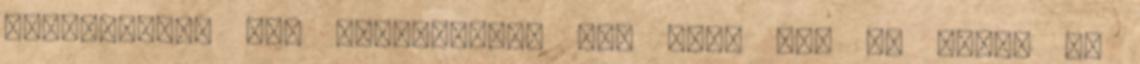
szándékosan úgy alakították át, hogy Szú és hívei ne